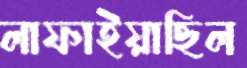
লাফাইয়াছিল